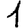
Digit: 1